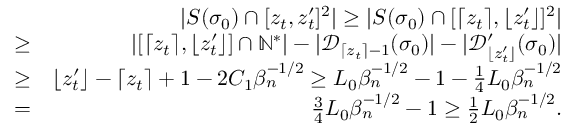
\begin{array} { r l r } & { } & { | S ( \sigma _ { 0 } ) \cap [ z _ { t } , z _ { t } ^ { \prime } ] ^ { 2 } | \geq | S ( \sigma _ { 0 } ) \cap [ \lceil z _ { t } \rceil , \lfloor z _ { t } ^ { \prime } \rfloor ] ^ { 2 } | } \\ & { \geq } & { | [ \lceil z _ { t } \rceil , \lfloor z _ { t } ^ { \prime } \rfloor ] \cap \mathbb { N } ^ { * } | - | \mathcal { D } _ { \lceil z _ { t } \rceil - 1 } ( \sigma _ { 0 } ) | - | \mathcal { D } _ { \lfloor z _ { t } ^ { \prime } \rfloor } ^ { \prime } ( \sigma _ { 0 } ) | } \\ & { \geq } & { \lfloor z _ { t } ^ { \prime } \rfloor - \lceil z _ { t } \rceil + 1 - 2 C _ { 1 } \beta _ { n } ^ { - 1 \slash 2 } \geq L _ { 0 } \beta _ { n } ^ { - 1 \slash 2 } - 1 - \frac { 1 } { 4 } L _ { 0 } \beta _ { n } ^ { - 1 \slash 2 } } \\ & { = } & { \frac { 3 } { 4 } L _ { 0 } \beta _ { n } ^ { - 1 \slash 2 } - 1 \geq \frac { 1 } { 2 } L _ { 0 } \beta _ { n } ^ { - 1 \slash 2 } . } \end{array}